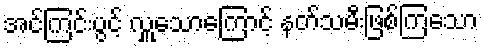
အင်ကြင်းပွင့် လှူသောကြောင့် နတ်သမီးဖြစ်ကြသော